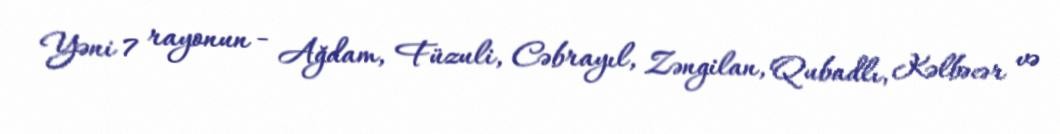
Yəni 7 rayonun - Ağdam, Füzuli, Cəbrayıl, Zəngilan, Qubadlı, Kəlbəcər və